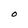
Character: O